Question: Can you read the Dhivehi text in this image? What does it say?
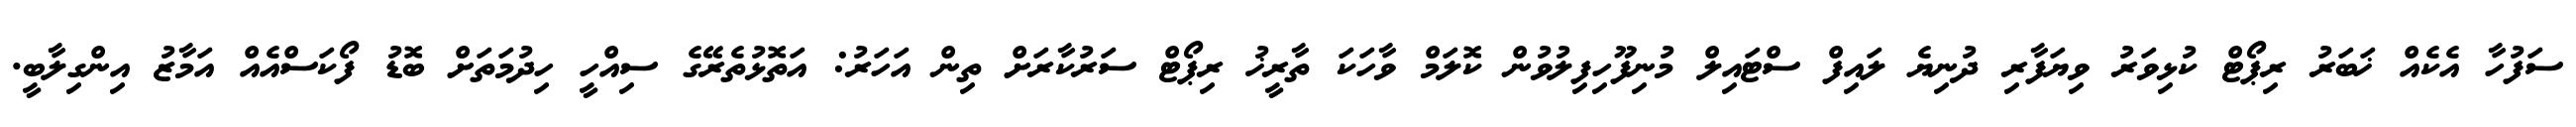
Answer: ސަފުހާ އެކެއް ޚަބަރު ރިޕޯޓް ކުޅިވަރު ވިޔަފާރި ދުނިޔެ ލައިފް ސްޓައިލް މުނިފޫހިފިލުވުން ކޮލަމް ވާހަކަ ތާރީޚު ރިޕޯޓް ސަރުކާރަށް ތިން އަހަރު: އަތޮޅުތެރޭގެ ސިއްހީ ހިދުމަތަށް ބޮޑު ފޯކަސްއެއް އަމާޒު އިންގިލާބީ.